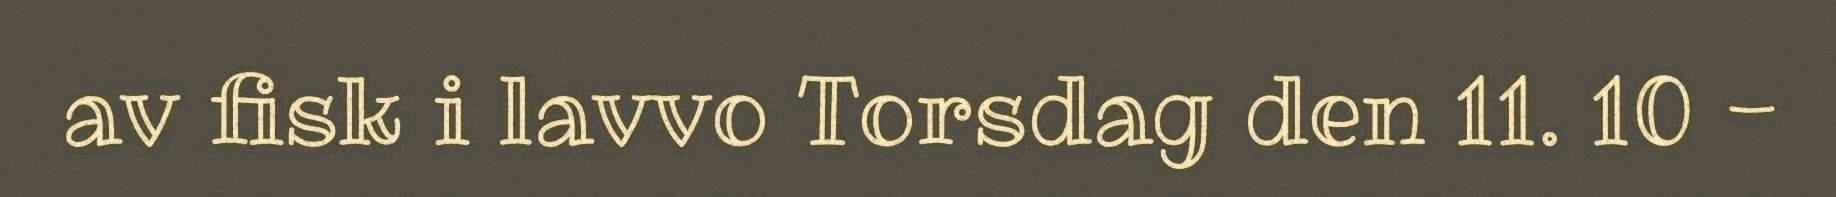
av fisk i lavvo Torsdag den 11. 10 -